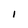
Character: 1